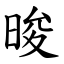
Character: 晙